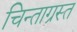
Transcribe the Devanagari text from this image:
चिन्ताग्रस्त